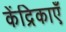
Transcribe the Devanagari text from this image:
केंद्रिकाएँ